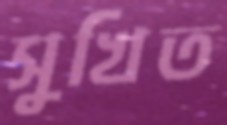
সুখিত